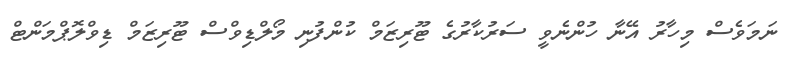
ނަމަވެސް މިހާރު އޭނާ ހުންނެވީ ސަރުކާރުގެ ޓޫރިޒަމް ކުންފުނި މޯލްޑިވްސް ޓޫރިޒަމް ޑިވްލޮޕްމަންޓް